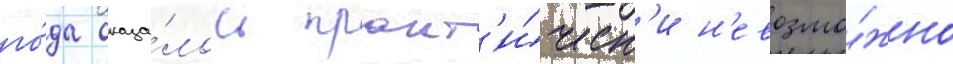
го́да оказа́лось практ'и́ческ'и н'евозмо́жно